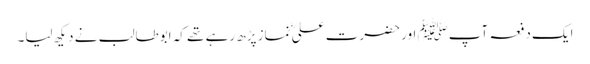
ایک دفعہ آپﷺ اور حضرت علیؓ نماز پڑھ رہے تھے کہ ابوطالب نے دیکھ لیا۔